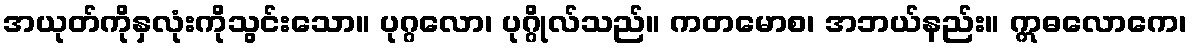
အယုတ်ကိုနှလုံးကိုသွင်းသော။ ပုဂ္ဂလော၊ ပုဂ္ဂိုလ်သည်။ ကတမောစ၊ အဘယ်နည်း။ ဣဓလောကေ၊